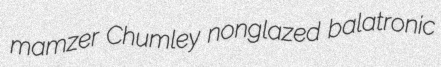
mamzer Chumley nonglazed balatronic